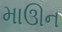
માઊન